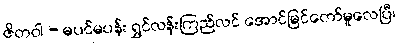
ဇိတဝါ - မပင်မပန်း ရွှင်လန်းကြည်လင် အောင်မြင်တော်မူလေပြီ၊